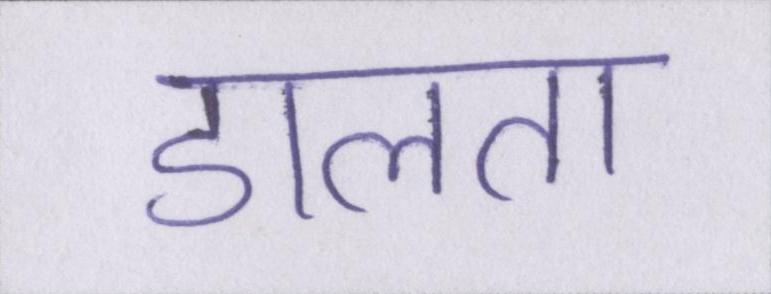
डालता